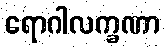
ရောဂါလက္ခဏာ